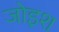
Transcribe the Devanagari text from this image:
जोइश